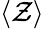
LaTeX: \langle\mathcal{Z}\rangle